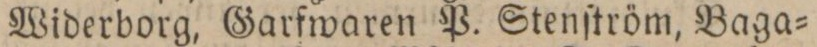
Widerborg, Garfwaren P. Stenſtröm, Baga=